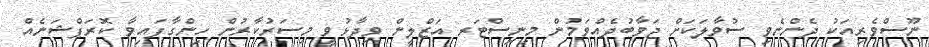
ނޫސްވެރިއަކު ދެންނެވި ސުވާލަކަށް ޖަވާބުދެއްވަމުން މިނިސްޓަރ އަޒްލީން ވިދާޅުވީ މިސަރުކާރުން ހިންގާފައިވާ ކޮރަޕްޝަނެއް